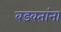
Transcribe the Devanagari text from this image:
बडवतांना